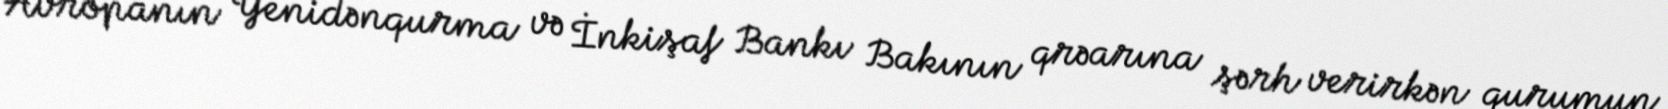
Avropanın Yenidənqurma və İnkişaf Bankı Bakının qrəarına şərh verirkən qurumun